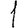
Digit: 1